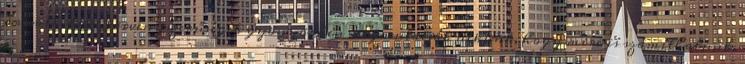
áramlástani törvényszerűségek gyönyörűen megmutatják nekünk, hogy mire is számíthatunk.